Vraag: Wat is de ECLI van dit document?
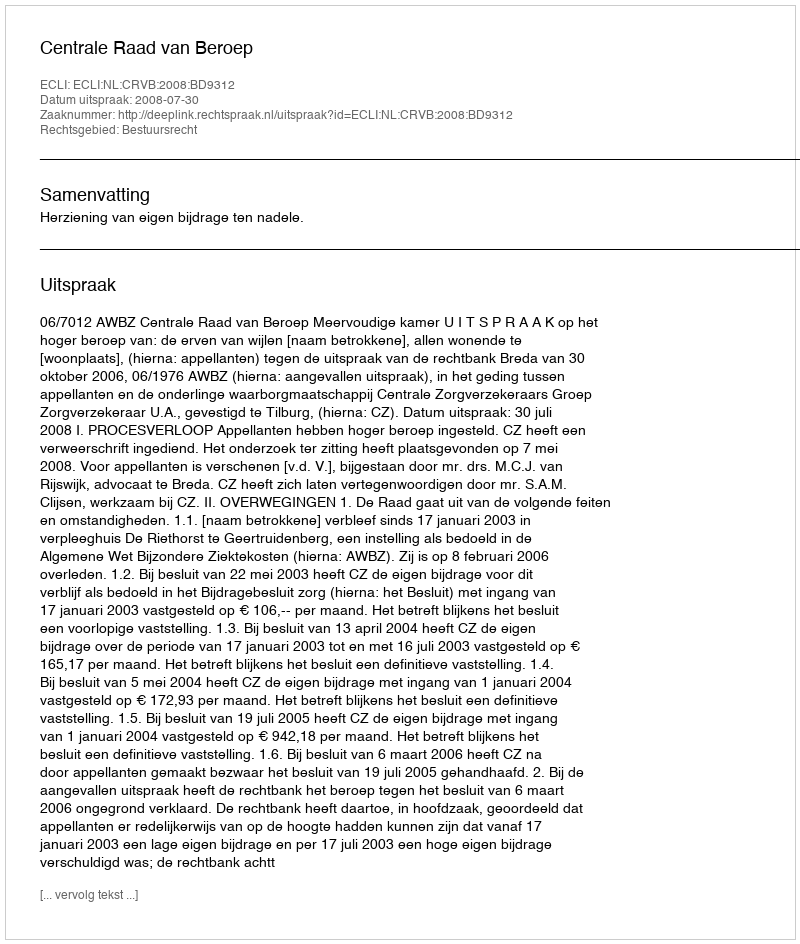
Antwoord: ECLI:NL:CRVB:2008:BD9312